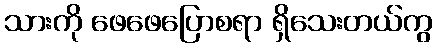
သားကို ဖေဖေပြောစရာ ရှိသေးတယ်ကွ